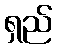
ရှည်